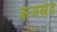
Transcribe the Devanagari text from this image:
केजर्स्नेडे